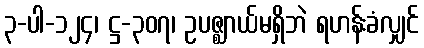
၃-ပါ-၁၂၄၊ ဋ္ဌ-၃၀၇၊ ဥပဇ္ဈာယ်မရှိဘဲ ရဟန်းခံလျှင်